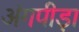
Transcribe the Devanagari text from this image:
अंगपीड़ा